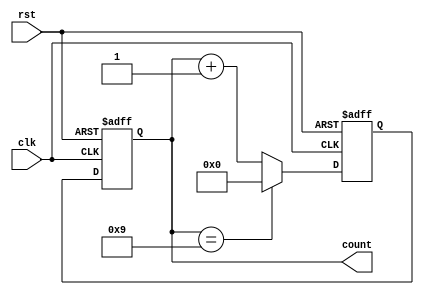
module decade_counter (
    input wire clk,
    input wire rst,
    output reg [3:0] count
);

// Internal signals
reg [3:0] next_count;

always @(posedge clk or posedge rst) begin
    if (rst) begin
        count <= 4'b0000;
        next_count <= 4'b0001;
    end else begin
        count <= next_count;
        if (count == 4'b1001) begin
            next_count <= 4'b0000;
        end else begin
            next_count <= count + 1;
        end
    end
end

endmodule